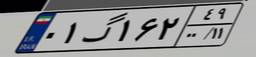
۶۴گ۵۸۸۵۵